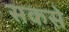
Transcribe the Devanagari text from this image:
सकसे